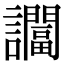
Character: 𬣖